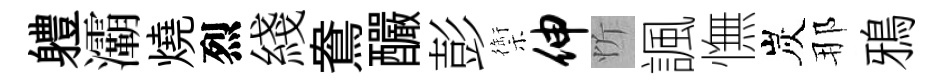
軆灞燒烈綫鴦釅彭禦伸忻諷憮炭那鴉